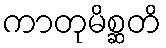
ကာတုမိစ္ဆတိ